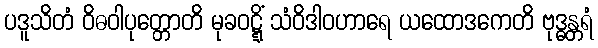
ပဒူသိတံ ဝိဓဝါပုတ္တောတိ မုခဝဋ္ဋိံ သံဝိဒါဝဟာရေ ယထောဒကေတိ ဗုဒ္ဓန္တရံ